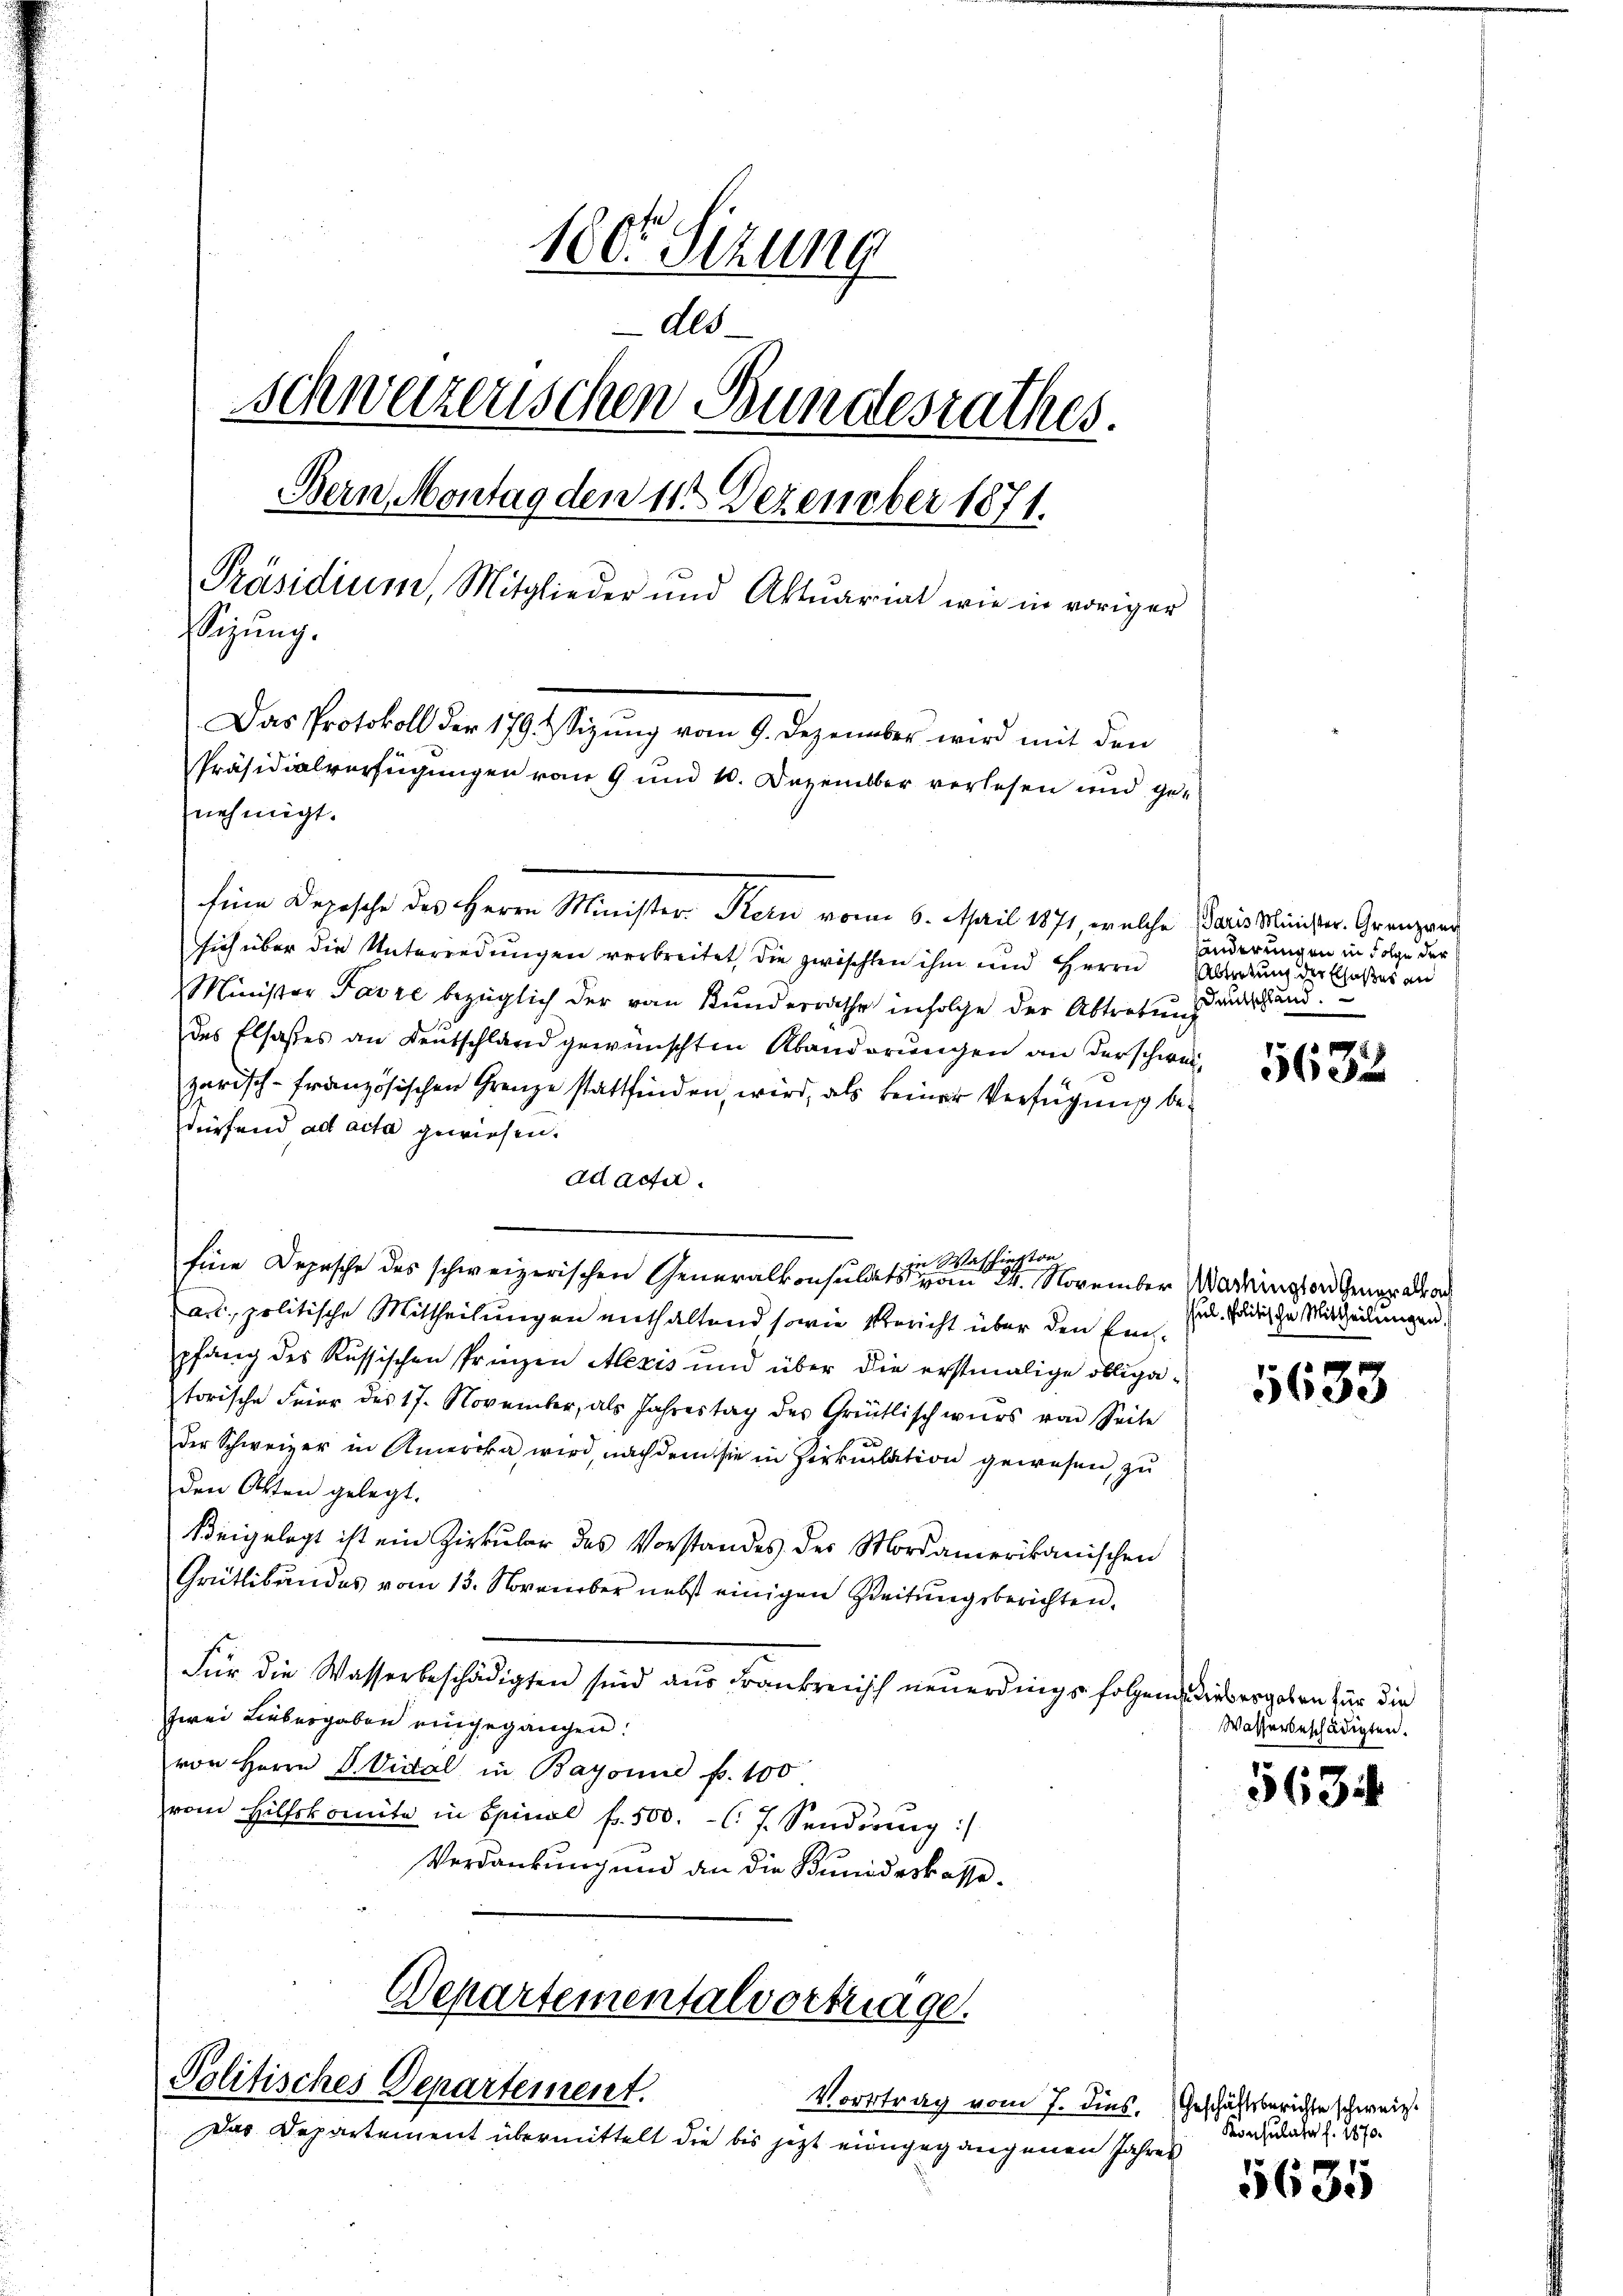
100. Sitzung
dls
schweizerischen Bundesrathes.
Bern Montag den 11te͇n Dezember 1871.
Präsidium, Mitglieder und Aktuariat wie in voriger
flegung.
Das Protokoll der 179 Sizung vom 9. Dezember wird mit den
Präsidialverfügungen vom 9 und 10. Dezember verlesen und genehmigt.

Eine Depesche des Herrn Minister. Bern vom 6. April 1871, welche Paris Minister-Gränz(...)
sich über die Unterredungen verbreitet, die zwischten ihm und Herrn Abredung der Erlaßes an
Minister Favre bezüglich der von Kunderrathe infolge der Abtretung
des Elsasses an Deutschland gewünschten Abänderungen an derschweizarisch-Französischen Grenze stattfinden, wird, als keiner Verfügung bedürfend ad acta gewiesen.
ad acta
in Waschieston
Eine Depesche des schweizerischen Generalkonsulats vom 24. November Wartinen Gener da
ad. politische Mittheilungen enthaltend sowie Bericht über den Empfang des Russischen Prinzen Alexis und über die erstmalige obliga-
torische Feier des 17. November, als Jahrestag des Grütlisch wirs von Seite
der Schweizer in Amerika wird, nachdem sie in Zirkulation gewesen, zu
den Akten gelegt.
keigelegt ist ein Zirkŭlar des Vorstandes des Mordamerikanischen
Grütlibandes vom 13. November nebst einigen Zeitungsberichten.
Für die Wasserbeschädigten sind aus Frankreiss neuerdings folgende dies ergeben für die
zwei Liebergaben eingegangen.
von Herrn D. Vidal in Bayonne f. 100
vom Hilfskomita in Spinal fr. 500.-. 7. Senderung :/
Verdankung und an die Bundeskasse.

Departementalvortrage.
Politisches Departement.

Das Departement übermittelt die bis jezt eingegangenen Jahres

hunderungen in Folge der
deutschland.

56

Jul. Politische Mittheilungen,

5633

Wasserbeschädigten.

5634

Vortrag vom 7. dies. Geschäftsberichte schweiz.
Konsulata f. 2670.

5635